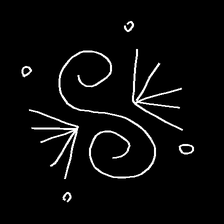
Glyph: aeroform